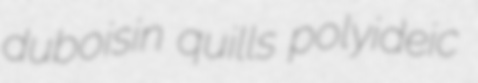
duboisin quills polyideic